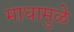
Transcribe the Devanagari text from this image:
माधामुळे